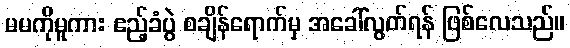
မမကိုမူကား ဧည့်ခံပွဲ စချိန်ရောက်မှ အခေါ်လွတ်ရန် ဖြစ်လေသည်။